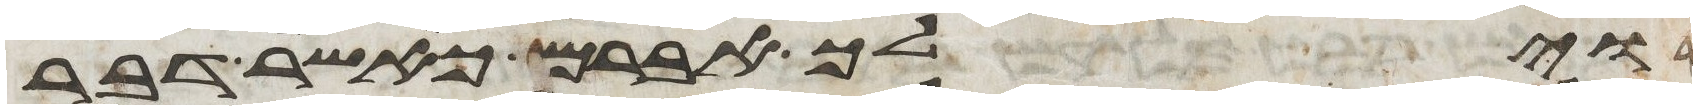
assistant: וילך אברם כאשר דבר